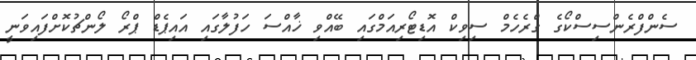
ސެންފްރެންސިސްކޯގެ ގްރެހެމް ސިވިކް އޮޑިޓޯރިއަމްގައި ބޭއްވި ޚާއްސަ ހަފުލާގައި އައިޕެޑް ޕްރޯ ލޯންޗުކޮށްފައިވަނީ